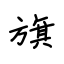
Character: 旗